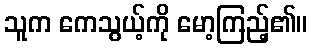
သူက ကေသွယ့်ကို မော့ကြည့်၏။